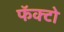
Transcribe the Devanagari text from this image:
फॅक्टो